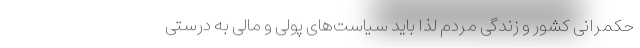
حکمرانی کشور و زندگی مردم لذا باید سیاست‌های پولی و مالی به درستی